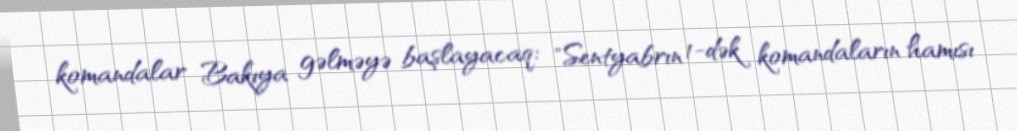
komandalar Bakıya gəlməyə başlayacaq: "Sentyabrın 1-dək komandaların hamısı